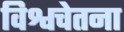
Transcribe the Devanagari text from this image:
विश्वचेतना